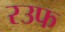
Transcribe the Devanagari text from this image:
रउफ